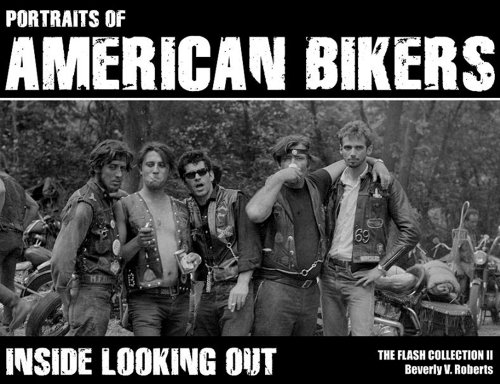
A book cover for Portraits Of American Bikers: Inside Looking Out (The Flash Collection); Beverly V. Roberts; Arts & Photography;